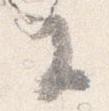
奉